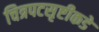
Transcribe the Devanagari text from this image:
चित्रपटसृष्टीकडे